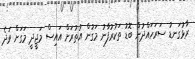
ރާޅުގަނޑު ސަރަހައްދުން ބޮޑު ތަކުރުފާނު މަގުން އުތުރަށް އައިސް މަޖީދީ މަގަށް ވަދެ